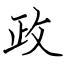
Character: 政